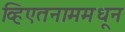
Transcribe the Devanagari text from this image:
व्हिएतनाममधून